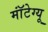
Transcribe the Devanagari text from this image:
मॉंटेग्यू